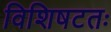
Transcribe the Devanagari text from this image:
विशिषटतः